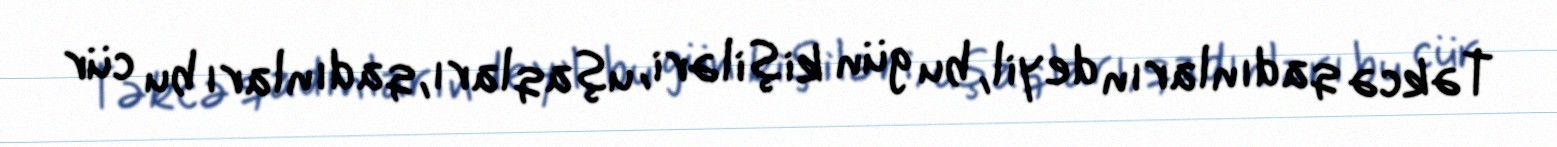
Təkcə qadınların deyil, bu gün kişiləri, uşaqları, qadınları bu cür